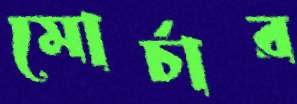
মোর্চার